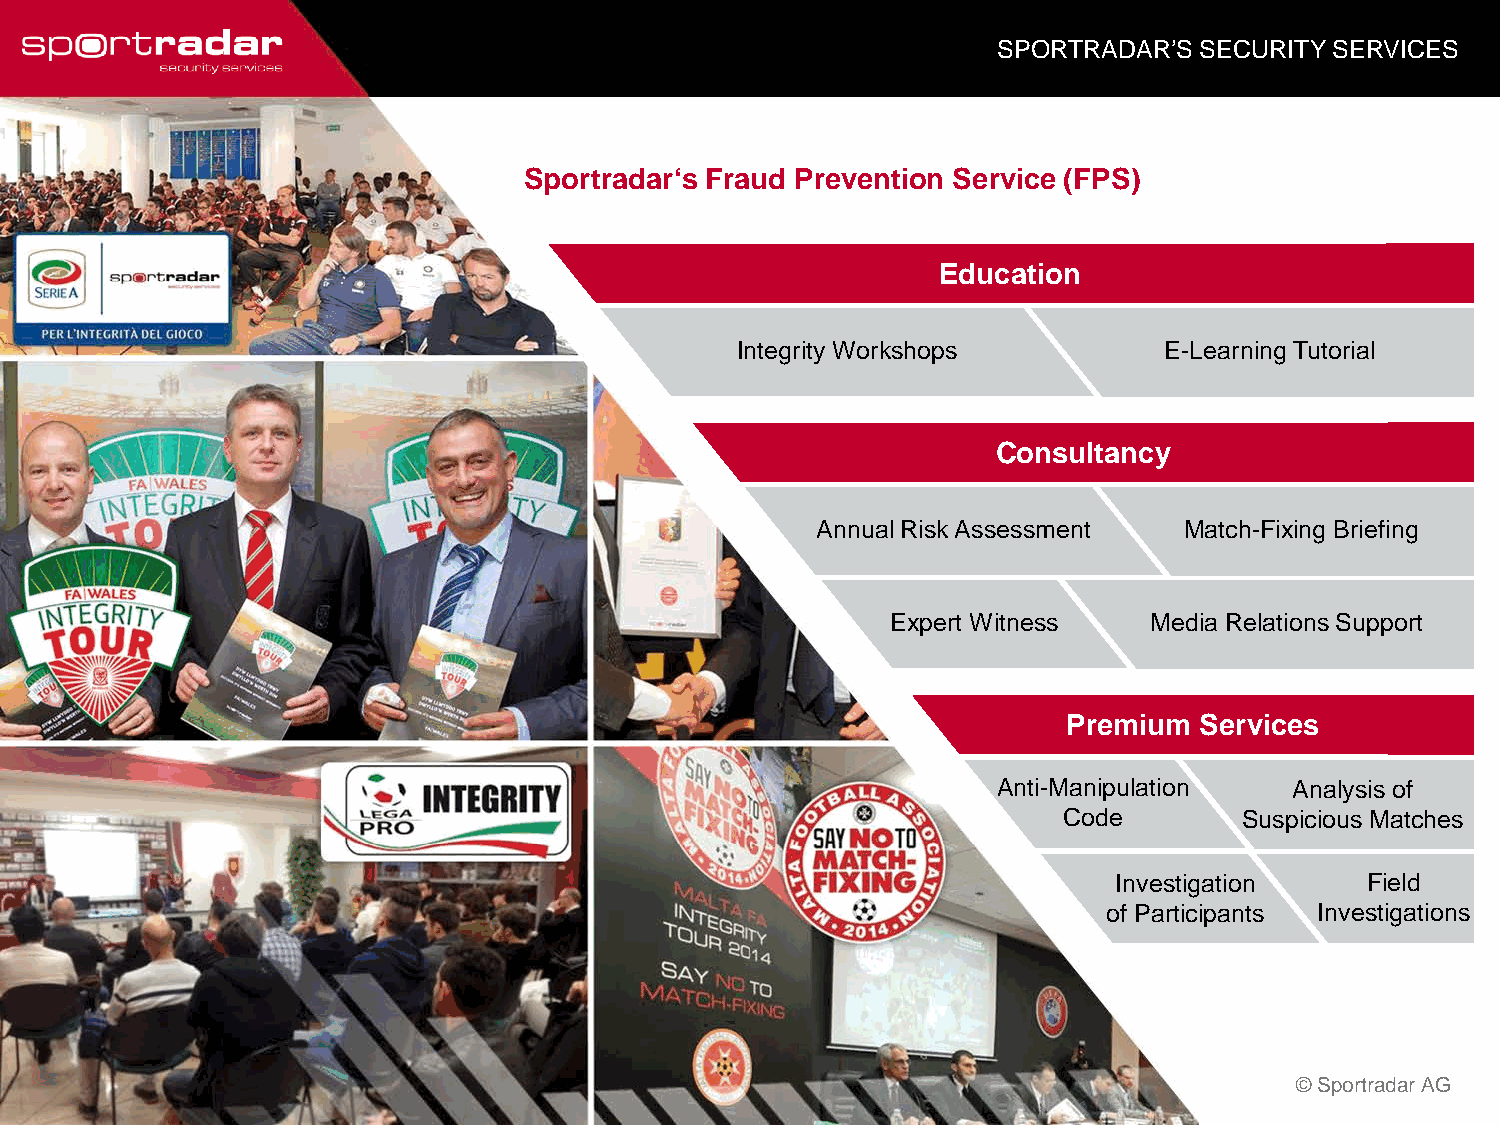
SPORTRADAR’S SECURITY SERVICES
 Sportradar‘s Fraud Prevention Service (FPS)
 Education
 Integrity Workshops         E-Learning Tutorial
 Consultancy
 Annual Risk Assessment  Match-Fixing Briefing
 Expert Witness   Media Relations Support
 Premium Services
 Anti-Manipulation   Analysis of
 Code        Suspicious Matches
 Investigation   Field
 of Participants Investigations
 © Sportradar AG